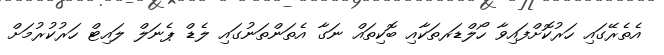
އެތެރޭގައި ހަރުކޮށްފައިވާ ހޯލްޑަރތަކާއި ބޮކިތައް ނަގާ އެތަންތަނުގައި ލެޑް ޕެނަލް ލައިޓް ހަރުކުރުމަށް